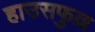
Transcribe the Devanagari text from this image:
हाउसफुल्ल